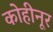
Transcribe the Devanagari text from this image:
कोहीनूर